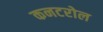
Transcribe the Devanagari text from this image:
कनटरोल